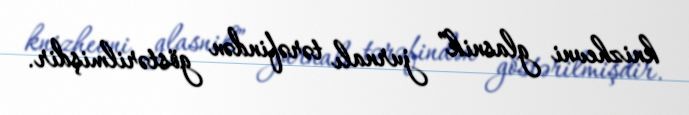
knizhevni glasnik” jurnalı tərəfindən göstərilmişdir.